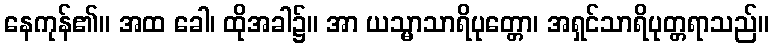
နေကုန်၏။ အထ ခေါ၊ ထိုအခါ၌။ အာ ယသ္မာသာရိပုတ္တော၊ အရှင်သာရိပုတ္တရာသည်။